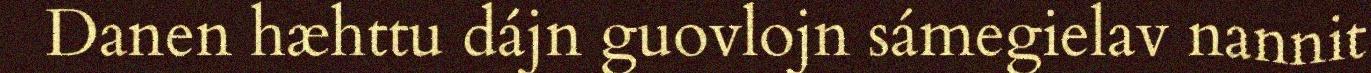
Danen hæhttu dájn guovlojn sámegielav nannit